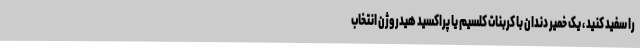
را سفید کنید ، یک خمیر دندان با کربنات کلسیم یا پراکسید هیدروژن انتخاب